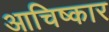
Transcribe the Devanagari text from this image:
आचिष्कार